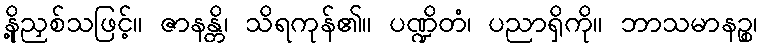
နို့ညှစ်သဖြင့်။ ဇာနန္တိ၊ သိရကုန်၏။ ပဏ္ဍိတံ၊ ပညာရှိကို။ ဘာသမာနဉ္စ၊